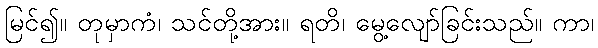
မြင်၍။ တုမှာကံ၊ သင်တို့အား။ ရတိ၊ မွေ့လျော်ခြင်းသည်။ ကာ၊